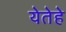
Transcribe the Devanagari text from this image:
येतेहे